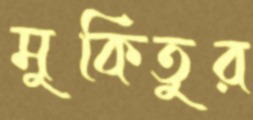
মুকিতুর